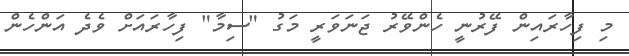
މި ފިހާރައިން ފޭރުނީ ހެންވޭރު ޖަނަވަރީ މަގު "ސިމާ" ފިހާރައަށް ވެދެ އަންހެން